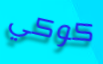
كوكي